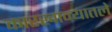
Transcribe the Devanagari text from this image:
कारखान्यातले